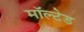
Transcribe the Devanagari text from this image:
मॉल्टेड